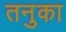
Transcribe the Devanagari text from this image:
तनुका